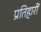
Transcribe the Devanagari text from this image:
प्रतिहारीं